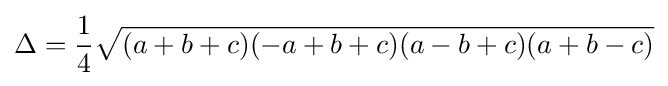
\Delta ={\frac {1}{4}}{\sqrt {(a+b+c)(-a+b+c)(a-b+c)(a+b-c)}}